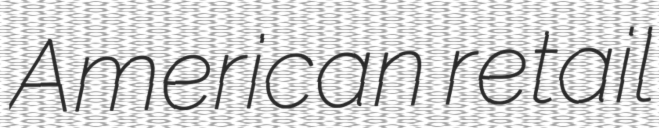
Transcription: American retail